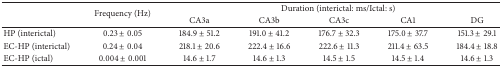
| <ROWSPAN=2>  | <ROWSPAN=2> Frequency (Hz) | <COLSPAN=5> Duration (interictal: ms/Ictal: s) |
 | CA3a | CA3b | CA3c | CA1 | DG |
 | --- | --- | --- | --- | --- | --- | --- |
 | HP (interictal) | 0.23 ± 0.05 | 184.9 ± 51.2 | 191.0 ± 41.2 | 176.7 ± 32.3 | 175.0 ± 37.7 | 151.3 ± 29.1 |
 | EC-HP (interictal) | 0.24 ± 0.04 | 218.1 ± 20.6 | 222.4 ± 16.6 | 222.6 ± 11.3 | 211.4 ± 63.5 | 184.4 ± 18.8 |
 | EC-HP (ictal) | 0.004 ± 0.001 | 14.6 ± 1.7 | 14.6 ± 1.3 | 14.5 ± 1.5 | 14.5 ± 1.4 | 14.6 ± 1.3 |